Medical and sanitary report of the native army of Madras for the year
Year: 1875
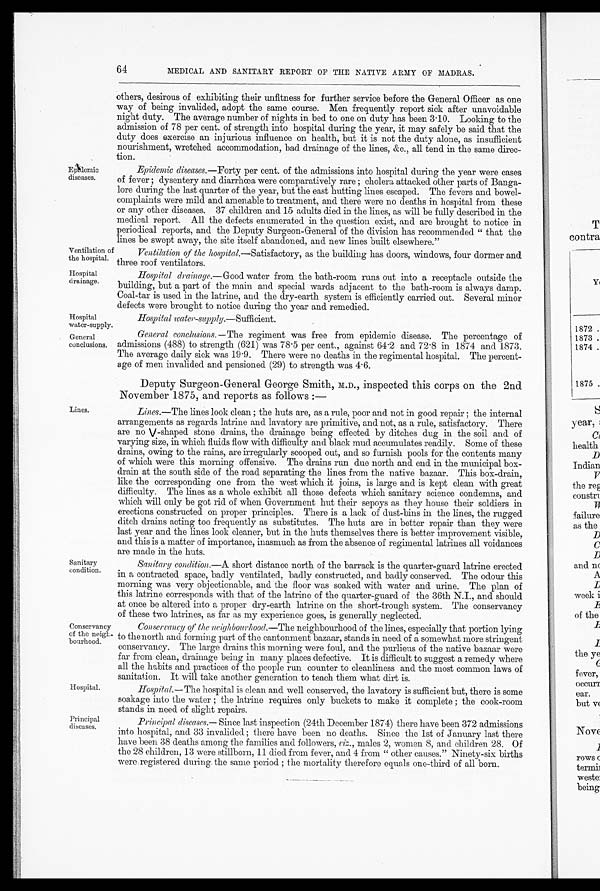
Ventilation of
the hospital.
Hospital
drainage.
64
MEDICAL AND SANITARY REPORT OF THE NATIVE ARMY OF MADRAS.
Epidemic
diseases.
Hospital
water-supply.
others, desirous of exhibiting their unfitness for further service before the General Officer as one
way of being invalided, adopt the same course. Men frequently report sick after unavoidable
night duty. The average number of nights in bed to one on duty has been 3.10. Looking to the
admission of 78 per cent. of strength into hospital during the year, it may safely be said that the
duty does exercise an injurious influence on health, but it is not the duty alone, as insufficient
nourishment, wretched accommodation, bad drainage of the lines, &c., all tend in the same direc--
tion.
Epidemic diseases. —Forty per cent. of the admissions into hospital during the year were cases
of fever ; dysentery and diarrhœa were comparatively rare ; cholera attacked other parts of Banga
-lore during the last quarter of the year, but the east hutting lines escaped. The fevers and bowel-
complaints were mild and amenable to treatment, and there were no deaths in hospital from these
or any other diseases. 37 children and 15 adults died in the lines, as will be fully described in the
medical report. All the defects enumerated in the question exist, and are brought to notice in
periodical reports, and the Deputy Surgeon-General of the division has recommended "that the
lines be swept away, the site itself abandoned, and new lines built elsewhere."
Ventilation of the hospital. —Satisfactory, as the building has doors, windows, four dormer and
three roof ventilators.
Hospital drainage. — G ood water from the bath-room runs out into a receptacle outside the
building, but a part of the main and special wards adjacent to the bath-room is always damp.
Coal-tar is used in the latrine, and the dry-earth system is efficiently carried out. Several minor
defects were brought to notice during the year and remedied.
Hospital water-supply. —Sufficient.
General
conclusions.
Lines.
General conclusions. —The regiment was free from epidemic disease. The percentage of
admissions (488) to strength (621) was 78.5 per cent., against 64.2 and 72.8 in 1874 and 1873.
The average daily sick was 19.9. There were no deaths in the regimental hospital. The percent-
age of men invalided and pensioned (29) to strength was 4.6.
Deputy Surgeon-General George Smith, M.D., inspected this corps on the 2nd
November 1875, and reports as follows :—
Lines. —The lines look clean ; the huts are, as a rule, poor and not in good repair ; the internal
arrangements as regards latrine and lavatory are primitive, and not, as a rule, satisfactory. There
are no V-shaped stone drains, the drainage being effected by ditches dug in the soil and of
varying size, in which fluids flow with difficulty and black mud accumulates readily. Some of these
drains, owing to the rains, are irregularly scooped out, and so furnish pools for the contents many
of which were this morning offensive. The drains run due north and end in the municipal box-
drain at the south side of the road separating the lines from the native bazaar. This box-drain,
like the corresponding one from the west which it joins, is large and is kept clean with great
difficulty. The lines as a whole exhibit all those defects which sanitary science condemns, and
which will only be got rid of when Government hut their sepoys as they house their soldiers in
erections constructed on proper principles. There is a lack of dust-bins in the lines, the rugged
ditch drains acting too frequently as substitutes. The huts are in better repair than they were
last year and the lines look cleaner, but in the huts themselves there is better improvement visible,
and this is a matter of importance, inasmuch as from the absence of regimental latrines all voidances
are made in the huts.
Sanitary
condition.
Conservancy
of the neigh
- b o u r h o o d .
Hospital.
Principal
diseases.
Sanitary condition. —A short distance north of the barrack is the quarter-guard latrine erected
in a contracted space badly ventilated, badly constructed, and badly conserved. The odour this
morning was very objectionable, and the floor was soaked with water and urine. The plan of
this latrine corresponds with that of the latrine of the quarter-guard of the 36th N.I., and should
at once be altered into a proper dry-earth latrine on the short-trough system. The conservancy
of these two latrines, as far as my experience goes, is generally neglected.
Conservancy of the neighbourhood. —The neighbourhood of the lines, especially that portion lying
to the north and forming part of the cantonment bazaar, stands in need of a somewhat more stringent
conservancy. The large drains this morning were foul, and the purlieus of the native bazaar were
far from clean, drainage being in many places defective. It is difficult to suggest a remedy where
all the habits and practices of the people run counter to cleanliness and the most common laws of
sanitation. It will take another generation to teach them what dirt is.
Hospital. — The hospital is clean and well conserved, the lavatory is sufficient but, there is some
soakage into the water ; the latrine requires only buckets to make it complete ; the cook-room
stands in need of slight repairs.
Pr i nc i pa l di s e a s e s . — S i n c e l a s t i n s p e c t i o n ( 2 4 t h D e c e m b e r 1 8 7 4 ) t h e r e h a v e b e e n 3 7 2 a d m i s s i o n s
into hospital, and 33 invalided ; there have been no deaths. Since the 1st of January last there
have been 38 deaths among the families and followers, viz., males 2, women 8, and children 28. Of
the 28 children, 13 were stillborn, 11 died from fever, and 4 from "other causes." Ninety-six births
were : registered during the same period ; the mortality therefore equals one-third of all born.